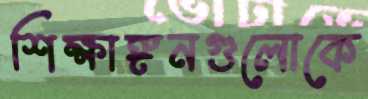
শিক্ষাঙ্গনগুলোকে